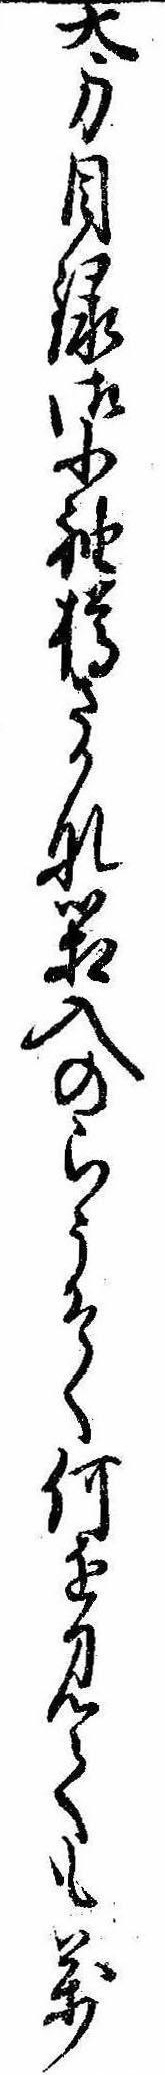
太刀目録御小袖樽さかな箱入のらうそく何を見ても万